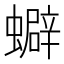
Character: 𧓄